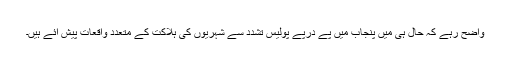
واضح رہے کہ حال ہی میں پنجاب میں پے درپے پولیس تشدد سے شہریوں کی ہلاکت کے متعدد واقعات پیش آئے ہیں۔